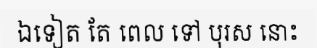
ឯទៀត តែ ពេល ទៅ បុរស នោះ